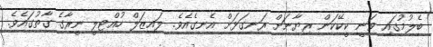
ބެލުމުގައި ވަނީ ކީކޭކަން ރިޔާނަށް ރަނގަޅަށް އެނގެއެވެ. ލައިޒަލް ހުއްޓިލީ ނީރާގެ ގާތުގައެވެ.